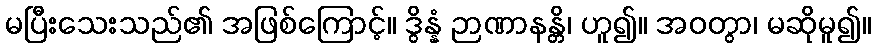
မပြီးသေးသည်၏ အဖြစ်ကြောင့်။ ဒွိန္နံ ဉာဏာနန္တိ၊ ဟူ၍။ အဝတွာ၊ မဆိုမူ၍။